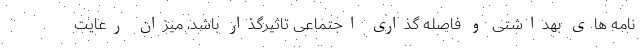
نامه های بهداشتی و فاصله گذاری اجتماعی تاثیرگذار باشد، میزان رعایت